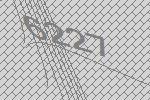
6227